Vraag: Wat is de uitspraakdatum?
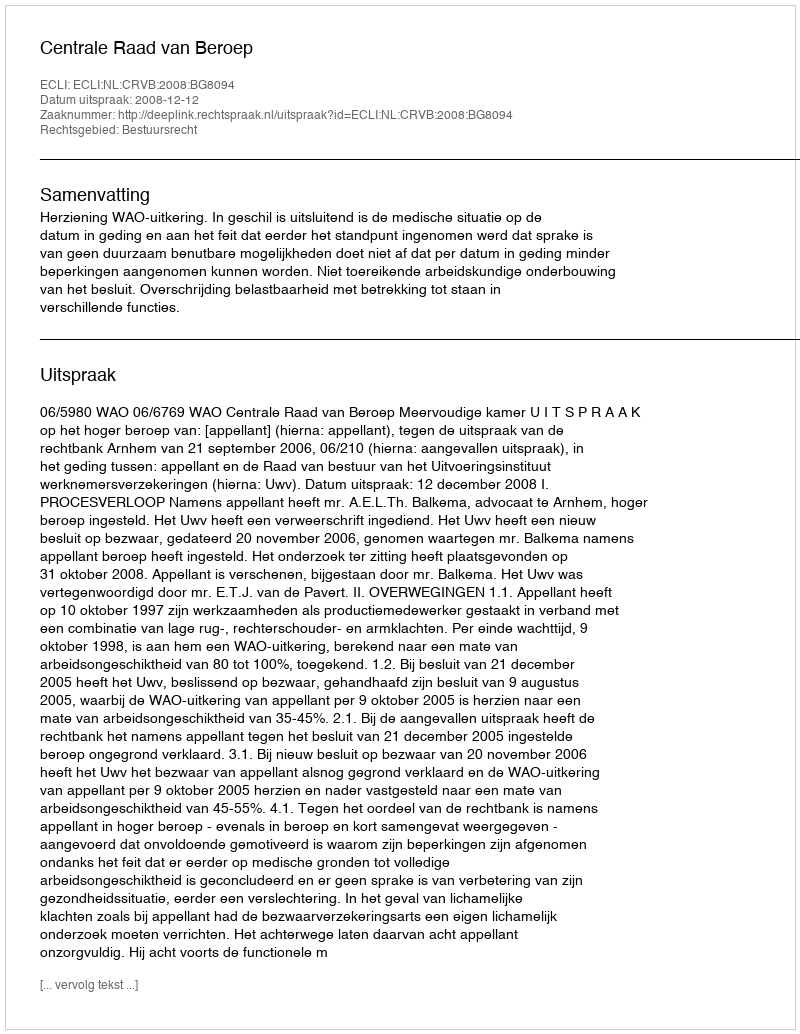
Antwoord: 2008-12-12